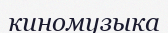
киномузыка